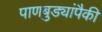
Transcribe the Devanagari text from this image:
पाणबुड्यांपैकी